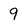
Character: 9